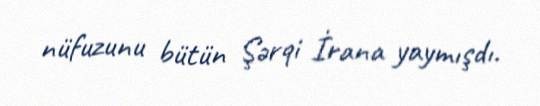
nüfuzunu bütün Şərqi İrana yaymışdı.